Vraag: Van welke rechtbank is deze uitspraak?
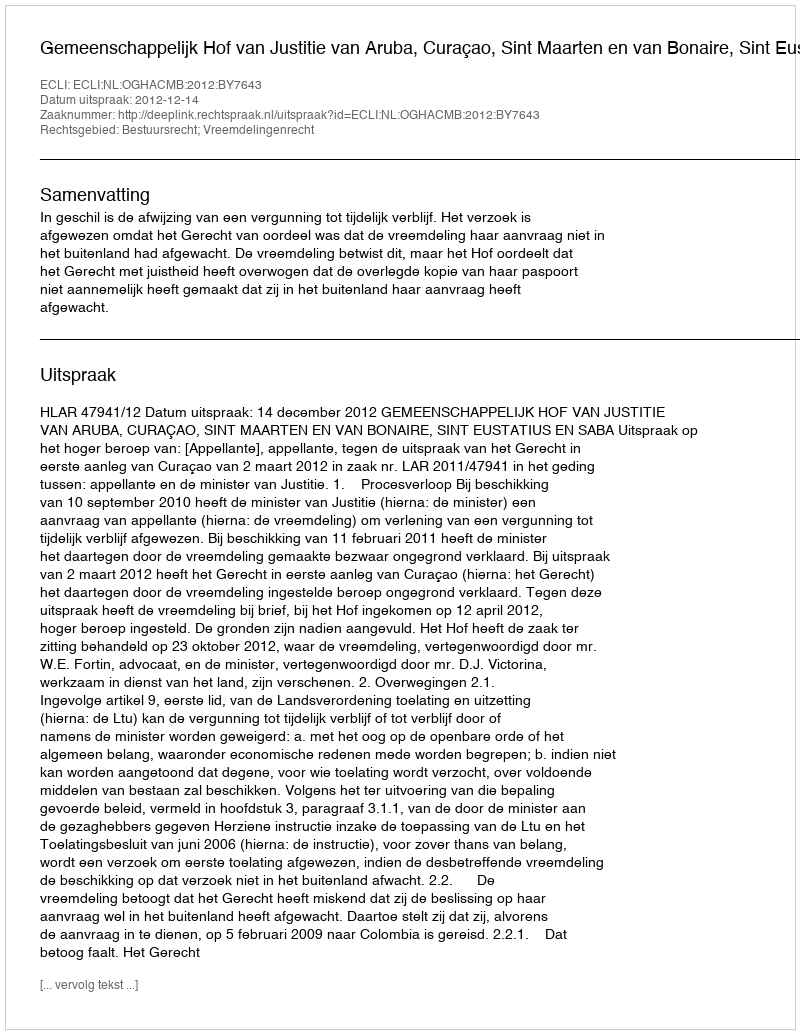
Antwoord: Gemeenschappelijk Hof van Justitie van Aruba, Curaçao, Sint Maarten en van Bonaire, Sint Eustatius en Saba